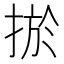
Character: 𢮁